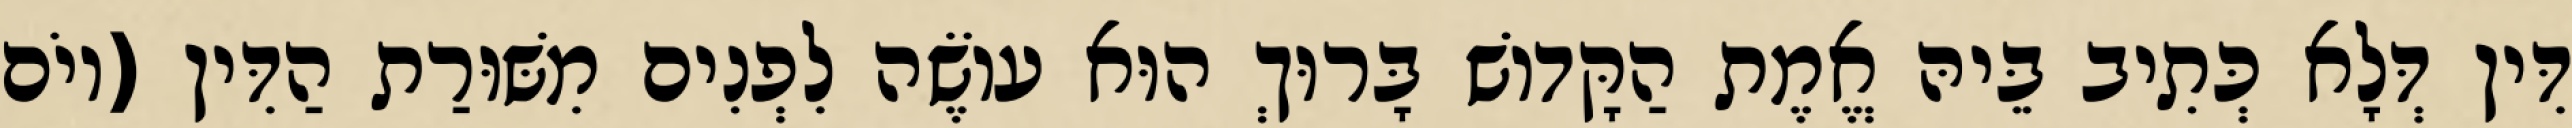
דִּין דְּלָא כְּתִיב בֵּיהּ אֱמֶת הַקָּדוֹשׁ בָּרוּךְ הוּא עוֹשֶׂה לִפְנִים מִשּׁוּרַת הַדִּין (יוֹם